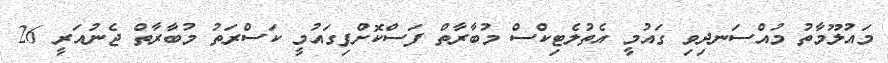
މައުލޫމާތު މުއްސަނދިވި ގައުމީ އެތުލެޓިކްސް މުބާރާތް ފަސްކޮށްފިގައުމީ ކަސްރަތު މުބާރާތް ޖެނުއަރީ 26